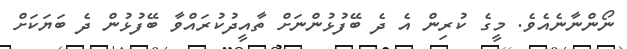
ނޯންނާނެއެވެ. މީގެ ކުރިން އެ ދެ ބޭފުޅުންނަށް ތާއީދުކުރައްވާ ބޭފުޅުން ދެ ބަޔަކަށް